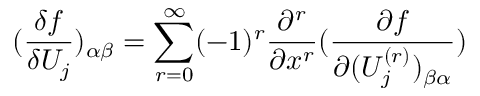
( \frac { \delta f } { \delta U _ { j } } ) _ { \alpha \beta } = \sum _ { r = 0 } ^ { \infty } ( - 1 ) ^ { r } \frac { \partial ^ { r } } { \partial x ^ { r } } ( \frac { \partial f } { \partial ( U _ { j } ^ { ( r ) } ) _ { \beta \alpha } } )